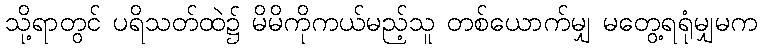
သို့ရာတွင် ပရိသတ်ထဲ၌ မိမိကိုကယ်မည့်သူ တစ်ယောက်မျှ မတွေ့ရရုံမျှမက